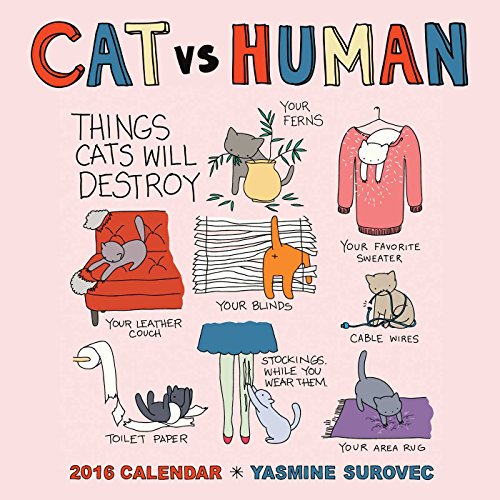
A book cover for CAT vs HUMAN 2016 Wall Calendar; Yasmine Surovec; Calendars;